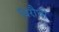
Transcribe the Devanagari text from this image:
विरौधी